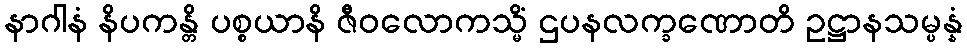
နာဂါနံ နိပကန္တိ ပစ္စယာနိ ဇီဝလောကသ္မိံ ဌပနလက္ခဏောတိ ဥဋ္ဌာနသမ္ပန္နံ